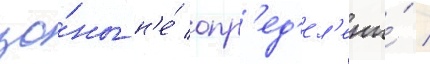
зо́ны н'е́ опр'ед'ел'ены́ /